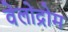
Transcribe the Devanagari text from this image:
वेलोद्रोम